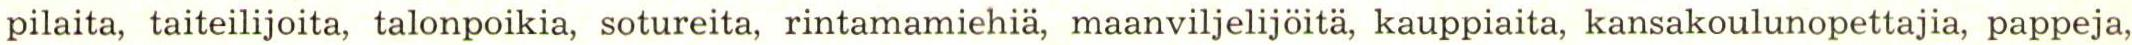
pilaita, taiteilijoita, talonpoikia, sotureita, rintamamiehiä, maanviljelijöitä, kauppiaita, kansakoulunopettajia, pappeja,